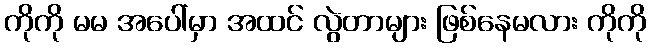
ကိုကို မမ အပေါ်မှာ အထင် လွဲတာများ ဖြစ်နေမလား ကိုကို